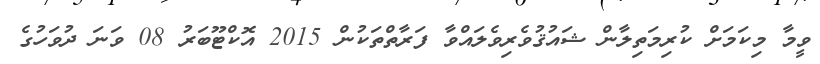
ވީމާ މިކަމަށް ކުރިމަތިލާން ޝައުޤުވެރިވެލައްވާ ފަރާތްތަކުން 2015 އޮކްޓޫބަރު 08 ވަނަ ދުވަހުގެ